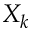
X _ { k }